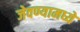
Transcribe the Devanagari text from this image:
जेवण्यामध्ये